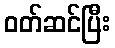
ဝတ်ဆင်ပြီး